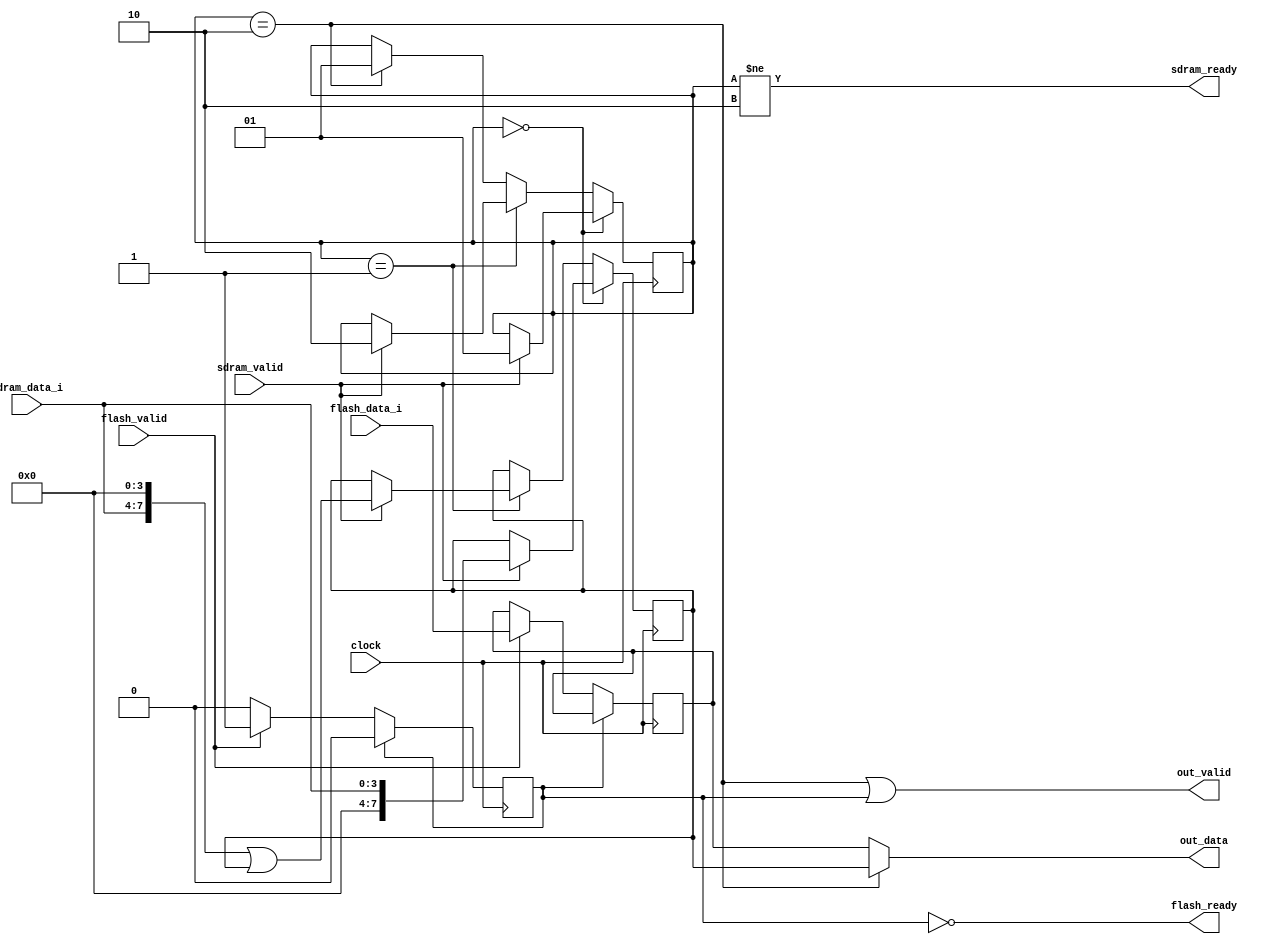
// This program was cloned from: https://github.com/compsec-snu/difuzz-rtl
// License: BSD 3-Clause "New" or "Revised" License

`define READY_S 0
`define PENDING_S 1
`define BUSY_S 2

`define READY_F 0
`define BUSY_F 1

module mem_ctrl(
  input clock,

  input        sdram_valid, 
  input [3:0]  sdram_data_i,
  input        flash_valid,
  input [7:0]  flash_data_i,

  output       sdram_ready,
  output       flash_ready,

  output       out_valid,
  output [7:0] out_data
);

  reg[1:0] state_sdram; // READY, RECEIVING, BUSY
  reg      state_flash; // READY, BUSY

  reg[7:0] data_sdram;
  reg[7:0] data_flash;

/********** combinational **********/

  assign sdram_ready = (state_sdram != `BUSY_S);
  assign flash_ready = (state_flash != `BUSY_F);

  assign out_valid = (state_sdram == `BUSY_S) ||
                      (state_flash == `BUSY_F);
  assign out_data = (state_sdram == `BUSY_S) ?
                      data_sdram : data_flash;

/********** sequential **********/

  always @(posedge clock) begin
    if (state_sdram == `READY_S) begin
      if (sdram_valid) begin
        state_sdram <= `PENDING_S;
        data_sdram <= {4'b0000, sdram_data_i};
      end
    end else if (state_sdram == `PENDING_S) begin
      if (sdram_valid) begin
        state_sdram <= `BUSY_S;
        data_sdram <= {sdram_data_i, 4'b0000} | data_sdram;
      end
    end else if (state_sdram == `BUSY_S) begin
      state_sdram <= `PENDING_S;
    end

    if (state_flash == `READY_F) begin
      if (flash_valid) begin
        state_flash <= `BUSY_F;
        data_flash <= flash_data_i;
      end
    end else if (state_flash == `BUSY_F) begin
      state_flash <= `READY_F;
    end
  end
endmodule